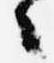
々